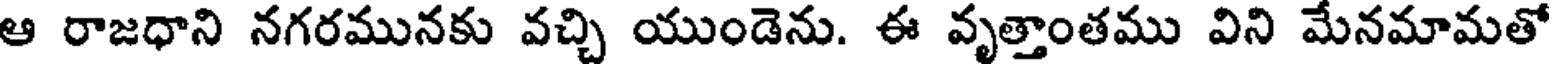
ఆ రాజధాని నగరమునకు వచ్చి యుండెను. ఈ వృత్తాంతము విని మేనమామతో